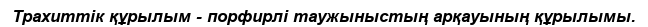
Трахиттік құрылым - порфирлі таужыныстың арқауының құрылымы.